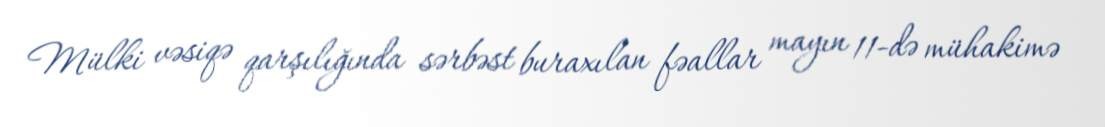
Mülki vəsiqə qarşılığında sərbəst buraxılan fəallar mayın 11-də mühakimə